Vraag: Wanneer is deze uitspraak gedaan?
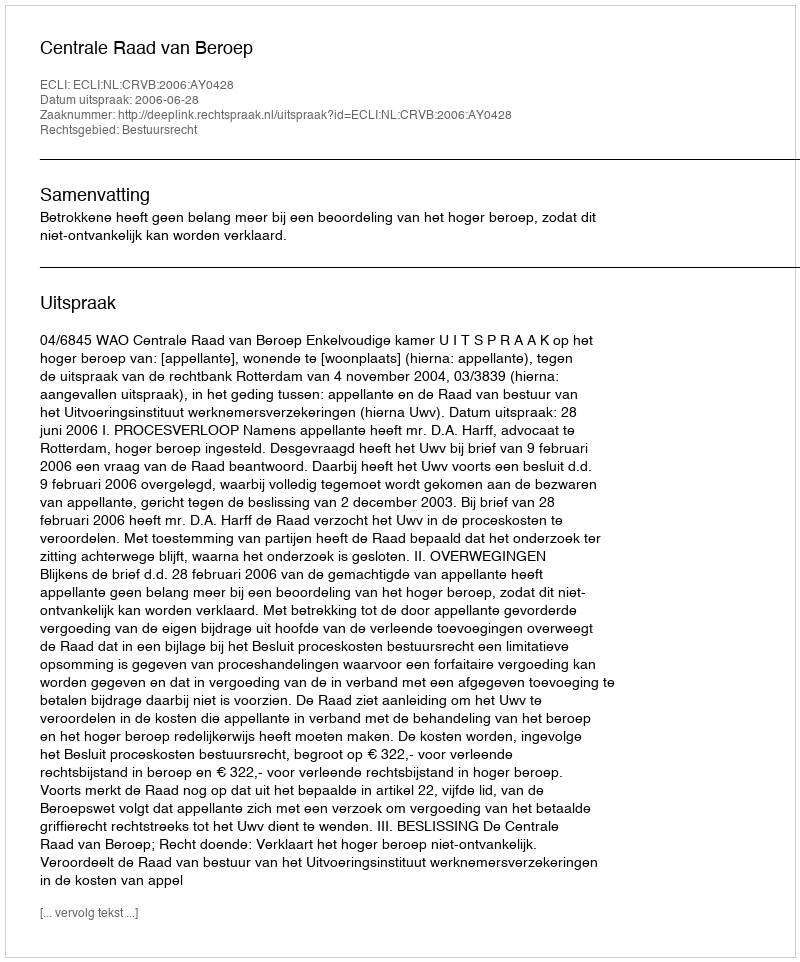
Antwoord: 2006-06-28